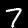
Label: 7